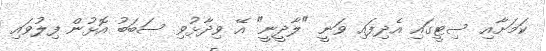
ކަމަށާއި ސިޓީގައި އެދިފައި ވަނީ "ލާދީނީ" އޭ ވިދާޅުވި ސަބަބު އޮޅުން ފިލުވައި